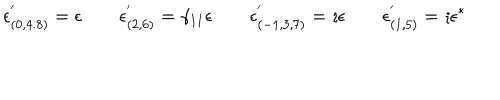
\epsilon _ { ( 0 , 4 . 8 ) } ^ { ' } = \epsilon \qquad \epsilon _ { ( 2 , 6 ) } ^ { ' } = \gamma _ { 1 1 } \epsilon \qquad \epsilon _ { ( - 1 , 3 , 7 ) } ^ { ' } = \imath \epsilon \qquad \epsilon _ { ( 1 , 5 ) } ^ { ' } = \imath \epsilon ^ { \ast }